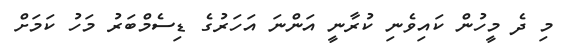
މި ދެ މީހުން ކައިވެނި ކުރާނީ އަންނަ އަަހަރުގެ ޑިސެމްބަރު މަހު ކަމަށް